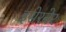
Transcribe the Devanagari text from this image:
इसेरनेर